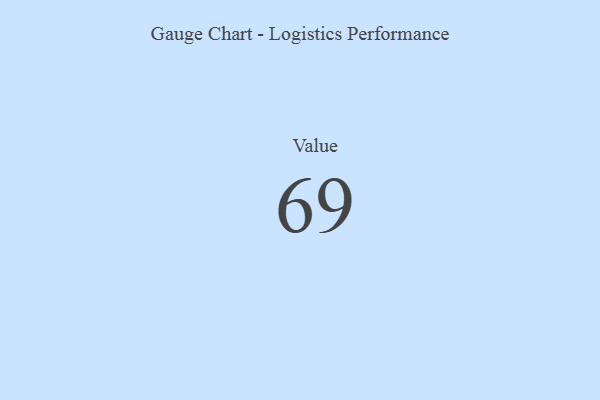
{"axis": {"x": "Metric", "y": "Value"}, "legend": [""], "data": [{"x": "Value", "y": 69, "type": ""}]}